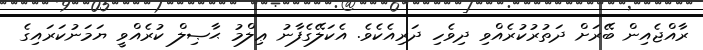
ރާއްޖެއިން ބޭރަށް ދަތުރުކުރެއްވި ދިވެހި ދަރިއެކެވެ. އެކަލޭގެފާނު ޢިލްމު ޙާޞިލް ކުރެއްވީ ޔަމަނުކަރައިގެ